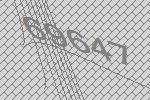
69647